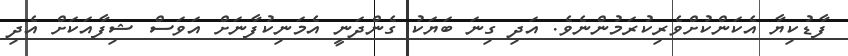
ފާޑުކިޔާ އެކަންކުށްވެރިކުރަމުންނެވެ. އަދި ގިނަ ބަޔަކު ގެންދަނީ އެމަނިކުފާނަށް އަވަސް ޝިފާއަކަށް އެދި